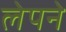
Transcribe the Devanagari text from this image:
लेपने